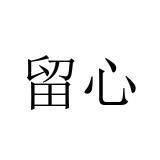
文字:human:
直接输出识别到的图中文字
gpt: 留心